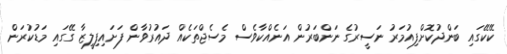
ކޭކޭގައި ބަންދުކޮށްފިއުމަރު ނަސީރުގެ ނަންބަރުން އަނެއްކާވެސް މެސެޖްތަކެއް ދައުރުވާން ފަށައިފިލީޒާ ގޭގައި މަޑުކުރަން